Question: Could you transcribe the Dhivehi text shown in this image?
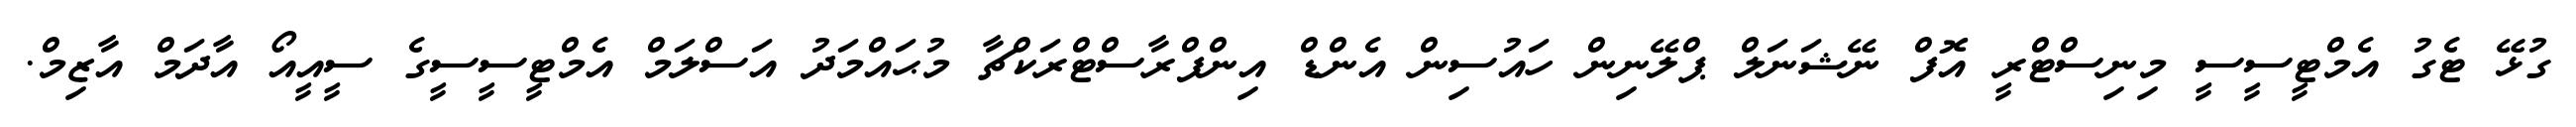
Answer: ގުޅޭ ޓެގު އެމްޓީސީސީ މިނިސްޓްރީ އޮފް ނޭޝަނަލް ޕްލޭނިން ހައުސިން އެންޑް އިންފްރާސްޓްރަކްޗާ މުޙައްމަދު އަސްލަމް އެމްޓީސީސީގެ ސީއީއޯ އާދަމް އާޒިމް.